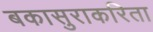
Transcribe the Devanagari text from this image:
बकासुराकरिता